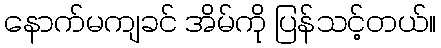
နောက်မကျခင် အိမ်ကို ပြန်သင့်တယ်။